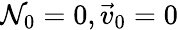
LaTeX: {\cal N}_{0}=0,\vec{v}_{0}=0